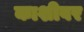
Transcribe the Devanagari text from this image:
काशीवर